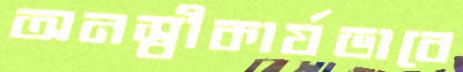
অনস্বীকার্যভাবে